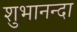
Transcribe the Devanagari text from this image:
शुभानन्दा